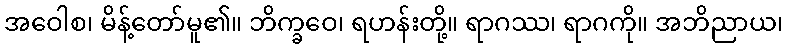
အဝေါစ၊ မိန့်တော်မူ၏။ ဘိက္ခဝေ၊ ရဟန်းတို့။ ရာဂဿ၊ ရာဂကို။ အဘိညာယ၊